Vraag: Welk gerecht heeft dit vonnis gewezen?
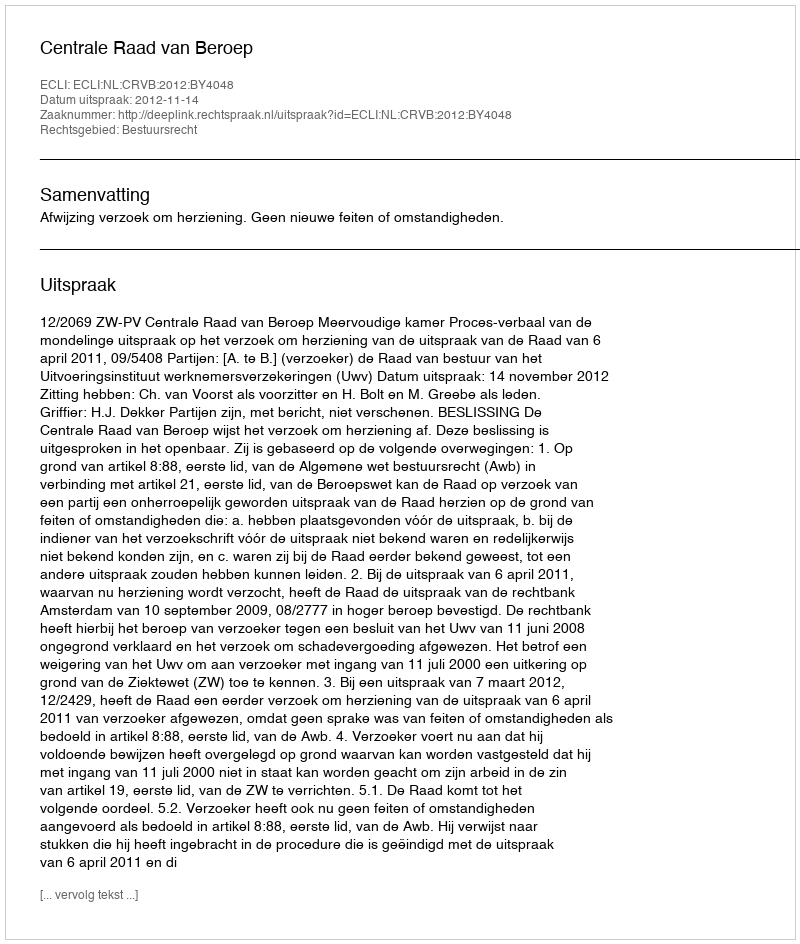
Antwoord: Centrale Raad van Beroep